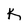
Character: k